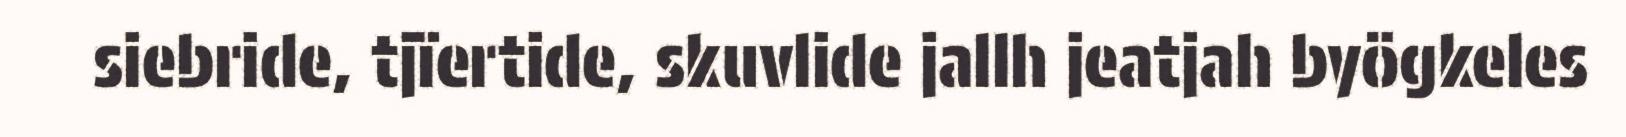
siebride, tjïertide, skuvlide jallh jeatjah byögkeles